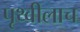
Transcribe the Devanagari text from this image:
पृथ्वीलाच